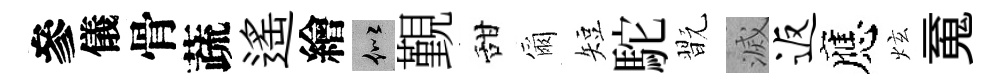
參儀骨蔬遙繪似覲甜爾短駝翫滅返應炫䰟